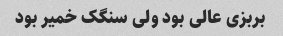
بربزی عالی بود ولی سنگک خمیر بود